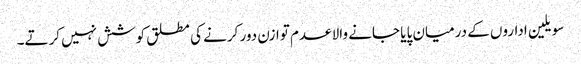
سویلین اداروں کے درمیان پایا جانے والا عدم توازن دور کرنے کی مطلق کوشش نہیں کرتے۔